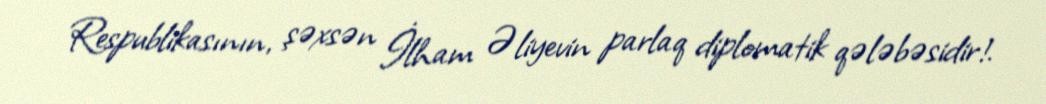
Respublikasının, şəxsən İlham Əliyevin parlaq diplomatik qələbəsidir!.